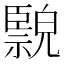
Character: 𦣲